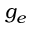
g _ { e }